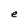
Character: e